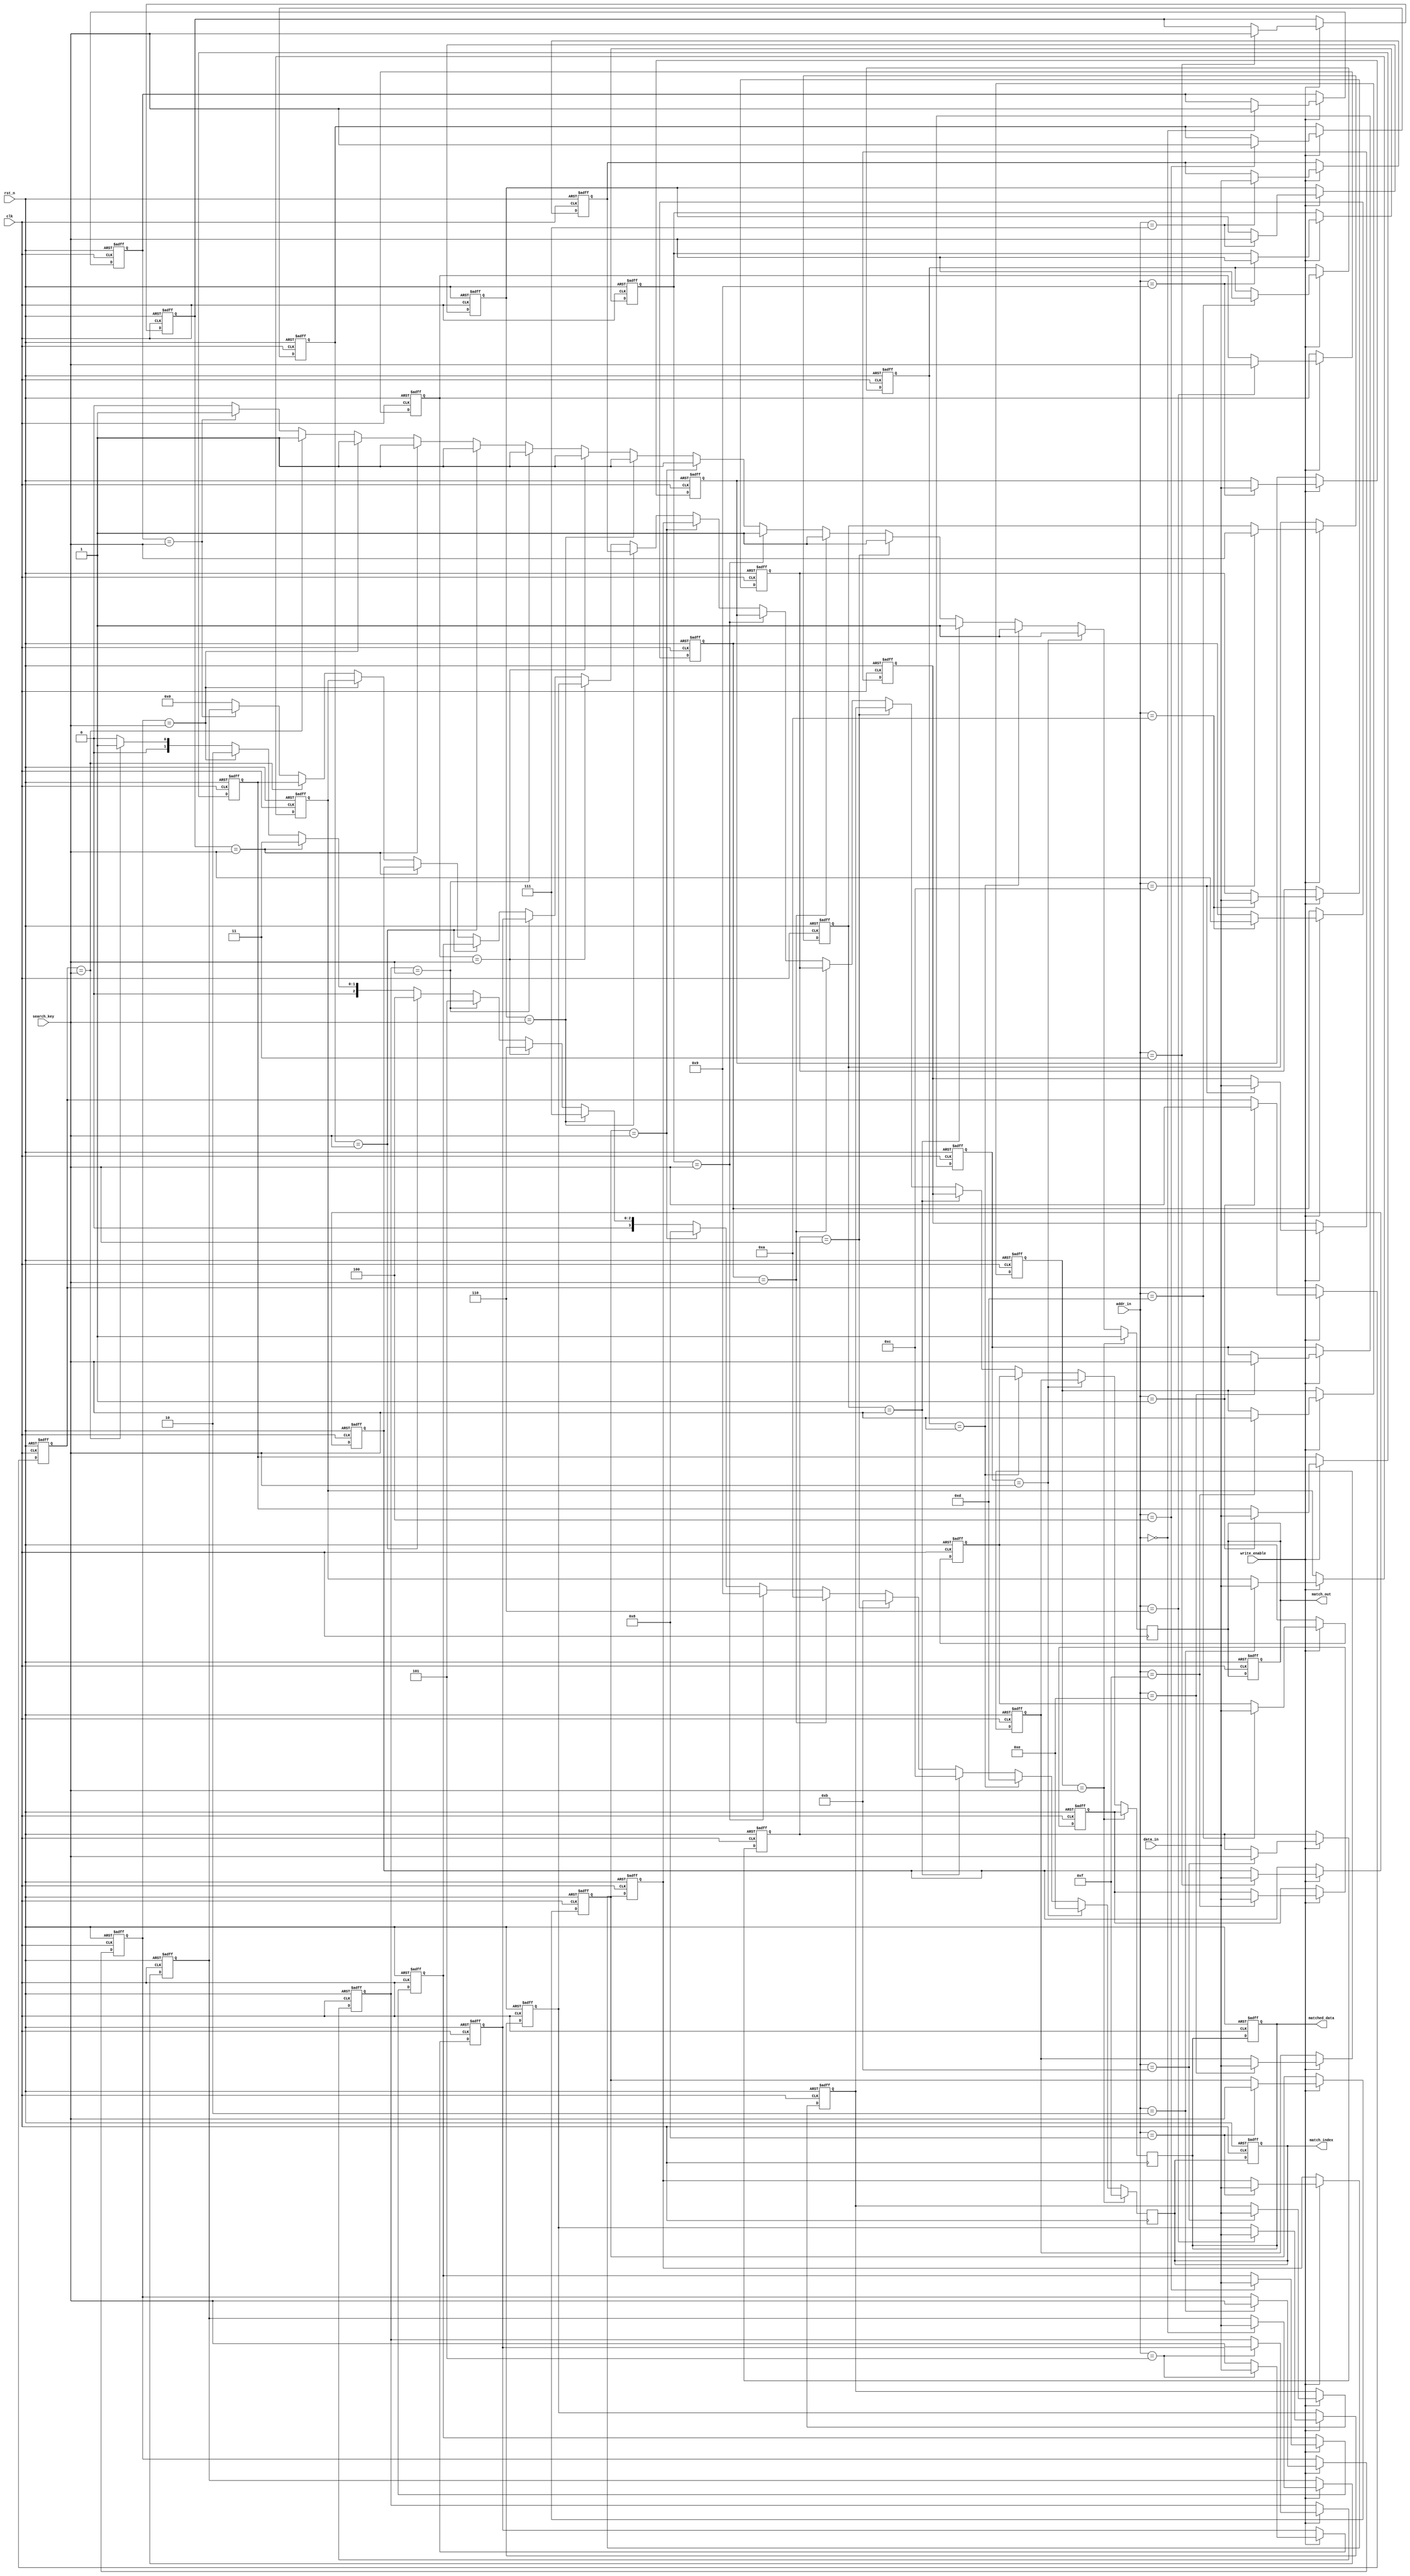
module CAM #(
    parameter DATA_WIDTH = 8,  // Width of each data entry
    parameter ADDR_WIDTH = 4    // Number of entries (2^ADDR_WIDTH)
)(
    input wire clk,
    input wire rst_n,
    input wire [DATA_WIDTH-1:0] search_key, // Key to search
    input wire write_enable,                // Write enable signal
    input wire [DATA_WIDTH-1:0] data_in,    // Data input for writing
    input wire [ADDR_WIDTH-1:0] addr_in,    // Address input for writing
    output reg [ADDR_WIDTH-1:0] match_index, // Index of the highest priority match
    output reg match_out,                   // Match output signal
    output reg [DATA_WIDTH-1:0] matched_data // Data associated with the highest match
);

    // Memory array to store tags and data
    reg [DATA_WIDTH-1:0] tags [0:(1<<ADDR_WIDTH)-1];
    reg [DATA_WIDTH-1:0] data [0:(1<<ADDR_WIDTH)-1];
    reg [1:0] match_lines [(1<<ADDR_WIDTH)-1:0]; // Match lines for each row
    integer i;

    // Write operation
    always @(posedge clk or negedge rst_n) begin
        if (!rst_n) begin
            // Reset the CAM
            for (i = 0; i < (1 << ADDR_WIDTH); i = i + 1) begin
                tags[i] <= {DATA_WIDTH{1'b0}};
                data[i] <= {DATA_WIDTH{1'b0}};
            end
            match_out <= 1'b0;
            match_index <= {ADDR_WIDTH{1'b0}};
            matched_data <= {DATA_WIDTH{1'b0}};
        end else if (write_enable) begin
            // Write data and tag to the specified address
            tags[addr_in] <= search_key; // Store the search key as tag
            data[addr_in] <= data_in;     // Store the associated data
        end
    end

    // Search operation
    always @(posedge clk) begin
        match_out <= 1'b0;
        match_index <= {ADDR_WIDTH{1'b0}};
        matched_data <= {DATA_WIDTH{1'b0}};
        
        // Perform search and set match lines
        for (i = 0; i < (1 << ADDR_WIDTH); i = i + 1) begin
            if (tags[i] == search_key) begin
                match_lines[i] <= 2'b01; // Match found
                match_out <= 1'b1; // At least one match
                match_index <= i; // Update match index
                matched_data <= data[i]; // Get associated data
            end else begin
                match_lines[i] <= 2'b00; // No match
            end
        end
    end

endmodule